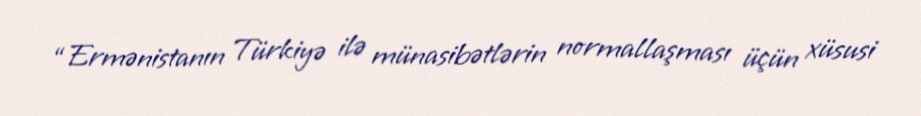
“Ermənistanın Türkiyə ilə münasibətlərin normallaşması üçün xüsusi